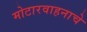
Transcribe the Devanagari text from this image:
मोटारवाहनाचे